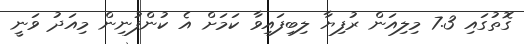
ގޮތުގައި 7.3 މިލިއަން ރުފިޔާ ލިބިފައިވާ ކަމަށް އެ ކުންފުނިން މިއަދު ވަނީ